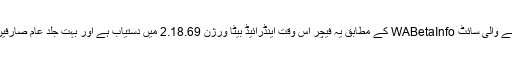
واٹس ایپ کی اپ ڈیٹس پر نظر رکھنے والی سائٹ WABetaInfo کے مطابق یہ فیچر اس وقت اینڈرائیڈ بیٹا ورژن 2.18.69 میں دستیاب ہے اور بہت جلد عام صارفین کے لیے بھی ریلیز کردیا جائے گا۔